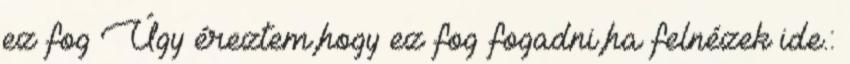
ez fog Úgy éreztem,hogy ez fog fogadni,ha felnézek ide.: